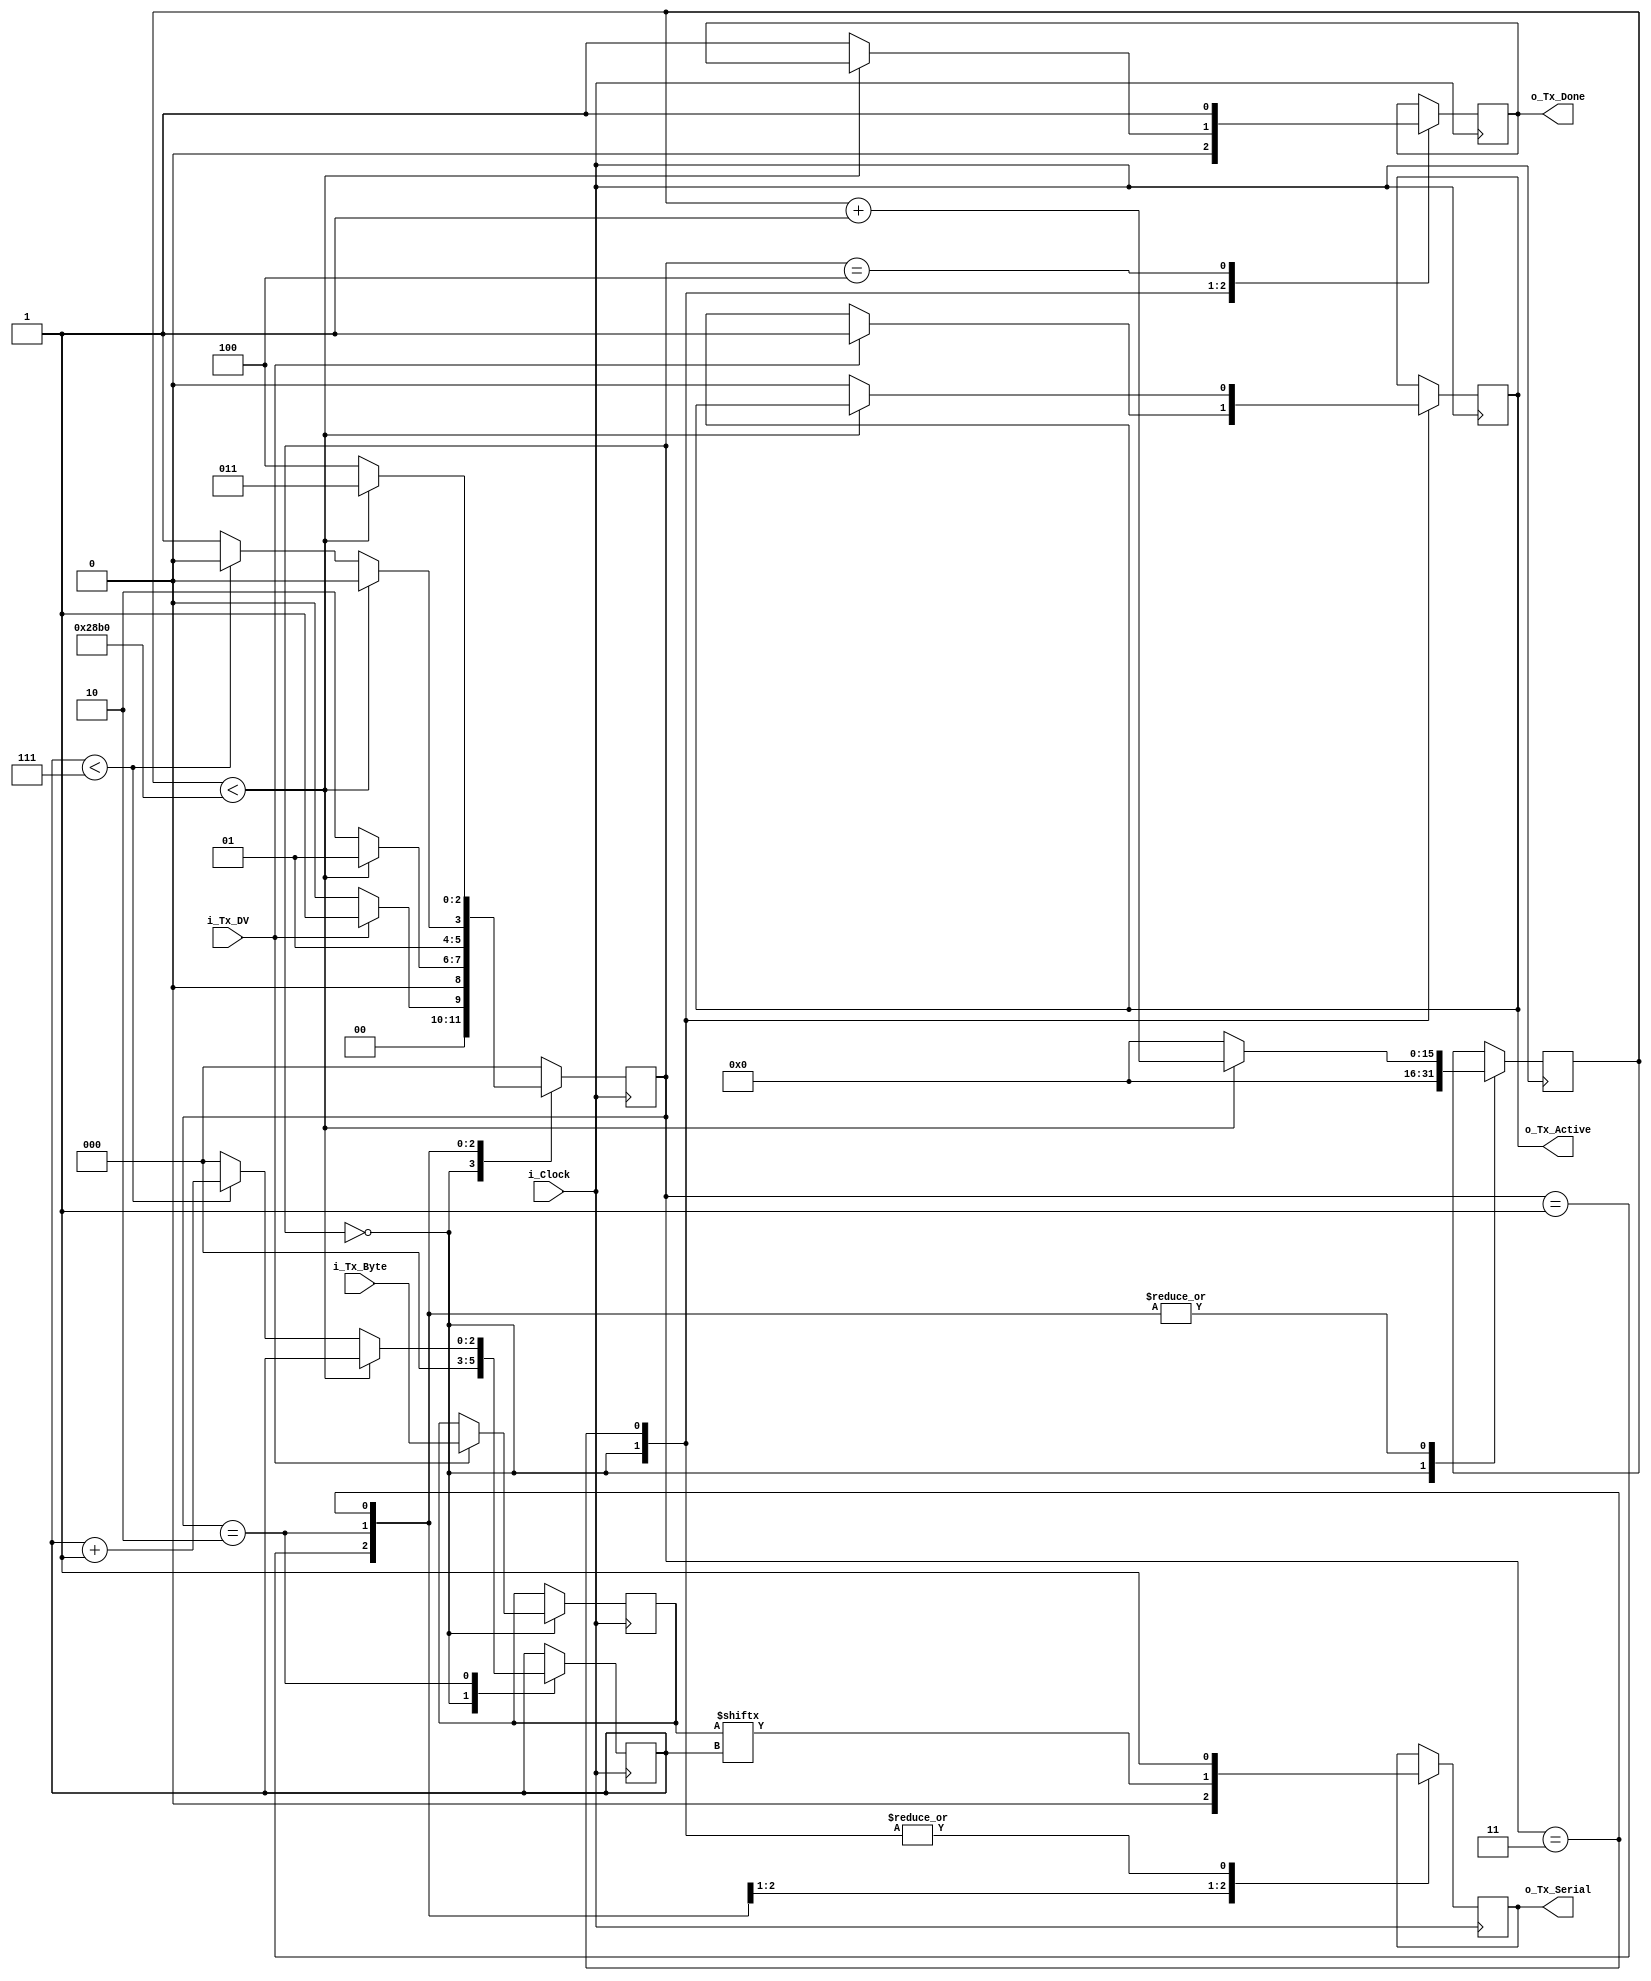
`timescale 1ns / 1ns
//////////////////////////////////////////////////////////////////////
// File Downloaded from http://www.nandland.com
//////////////////////////////////////////////////////////////////////
// This file contains the UART Transmitter.  This transmitter is able
// to transmit 8 bits of serial data, one start bit, one stop bit,
// and no parity bit.  When transmit is complete o_Tx_done will be
// driven high for one clock cycle.
//
// Set Parameter CLKS_PER_BIT as follows:
// CLKS_PER_BIT = (Frequency of i_Clock)/(Frequency of UART)
// Example: 10 MHz Clock, 115200 baud UART
// (10000000)/(115200) = 87
  
module uart_tx 
  #(parameter CLKS_PER_BIT = 10417)
  (
   input       i_Clock,
   input       i_Tx_DV,
   input [7:0] i_Tx_Byte, 
   output      o_Tx_Active,
   output reg  o_Tx_Serial,
   output      o_Tx_Done
   );
  
  parameter s_IDLE         = 3'b000;
  parameter s_TX_START_BIT = 3'b001;
  parameter s_TX_DATA_BITS = 3'b010;
  parameter s_TX_STOP_BIT  = 3'b011;
  parameter s_CLEANUP      = 3'b100;
   
  reg [2:0]    r_SM_Main     = 0;
  reg [15:0]    r_Clock_Count = 0;
  reg [2:0]    r_Bit_Index   = 0;
  reg [7:0]    r_Tx_Data     = 0;
  reg          r_Tx_Done     = 0;
  reg          r_Tx_Active   = 0;
     
  always @(posedge i_Clock)
    begin
       
      case (r_SM_Main)
        s_IDLE :
          begin
            o_Tx_Serial   <= 1'b1;         // Drive Line High for Idle
            r_Tx_Done     <= 1'b0;
            r_Clock_Count <= 0;
            r_Bit_Index   <= 0;
             
            if (i_Tx_DV == 1'b1)
              begin
                r_Tx_Active <= 1'b1;
                r_Tx_Data   <= i_Tx_Byte;
                r_SM_Main   <= s_TX_START_BIT;
              end
            else
              r_SM_Main <= s_IDLE;
          end // case: s_IDLE
         
         
        // Send out Start Bit. Start bit = 0
        s_TX_START_BIT :
          begin
            o_Tx_Serial <= 1'b0;
             
            // Wait CLKS_PER_BIT-1 clock cycles for start bit to finish
            if (r_Clock_Count < CLKS_PER_BIT-1)
              begin
                r_Clock_Count <= r_Clock_Count + 1;
                r_SM_Main     <= s_TX_START_BIT;
              end
            else
              begin
                r_Clock_Count <= 0;
                r_SM_Main     <= s_TX_DATA_BITS;
              end
          end // case: s_TX_START_BIT
         
         
        // Wait CLKS_PER_BIT-1 clock cycles for data bits to finish         
        s_TX_DATA_BITS :
          begin
            o_Tx_Serial <= r_Tx_Data[r_Bit_Index];
             
            if (r_Clock_Count < CLKS_PER_BIT-1)
              begin
                r_Clock_Count <= r_Clock_Count + 1;
                r_SM_Main     <= s_TX_DATA_BITS;
              end
            else
              begin
                r_Clock_Count <= 0;
                 
                // Check if we have sent out all bits
                if (r_Bit_Index < 7)
                  begin
                    r_Bit_Index <= r_Bit_Index + 1;
                    r_SM_Main   <= s_TX_DATA_BITS;
                  end
                else
                  begin
                    r_Bit_Index <= 0;
                    r_SM_Main   <= s_TX_STOP_BIT;
                  end
              end
          end // case: s_TX_DATA_BITS
         
         
        // Send out Stop bit.  Stop bit = 1
        s_TX_STOP_BIT :
          begin
            o_Tx_Serial <= 1'b1;
             
            // Wait CLKS_PER_BIT-1 clock cycles for Stop bit to finish
            if (r_Clock_Count < CLKS_PER_BIT-1)
              begin
                r_Clock_Count <= r_Clock_Count + 1;
                r_SM_Main     <= s_TX_STOP_BIT;
              end
            else
              begin
                r_Tx_Done     <= 1'b1;
                r_Clock_Count <= 0;
                r_SM_Main     <= s_CLEANUP;
                r_Tx_Active   <= 1'b0;
              end
          end // case: s_Tx_STOP_BIT
         
         
        // Stay here 1 clock
        s_CLEANUP :
          begin
            r_Tx_Done <= 1'b1;
            r_SM_Main <= s_IDLE;
          end
         
         
        default :
          r_SM_Main <= s_IDLE;
         
      endcase
    end
 
  assign o_Tx_Active = r_Tx_Active;
  assign o_Tx_Done   = r_Tx_Done;
   
endmodule